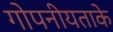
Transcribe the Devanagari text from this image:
गोपनीयताके